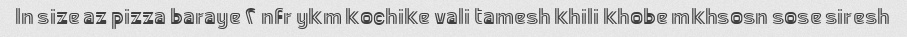
In size az pizza baraye ۲ nfr ykm kochike vali tamesh khili khobe mkhsosn sose siresh